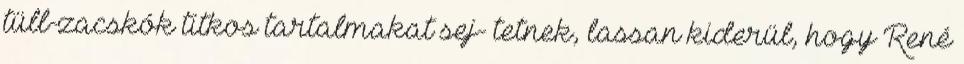
tüll-zacskók titkos tartalmakat sej- tetnek, lassan kiderül, hogy René